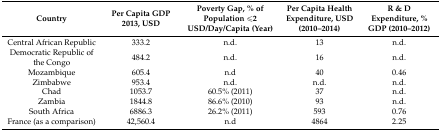
| Country | Per Capita GDP 2013, USD | Poverty Gap, % of Population ≤2 USD/Day/Capita (Year) | Per Capita Health Expenditure, USD (2010–2014) | R & D Expenditure, % GDP (2010–2012) |
 | --- | --- | --- | --- | --- |
 | Central African Republic | 333.2 | n.d. | 13 | n.d. |
 | Democratic Republic of the Congo | 484.2 | n.d. | 16 | n.d. |
 | Mozambique | 605.4 | n.d | 40 | 0.46 |
 | Zimbabwe | 953.4 | n.d. | n.d. | n.d. |
 | Chad | 1053.7 | 60.5% (2011) | 37 | n.d. |
 | Zambia | 1844.8 | 86.6% (2010) | 93 | n.d. |
 | South Africa | 6886.3 | 26.2% (2011) | 593 | 0.76 |
 | France (as a comparison) | 42,560.4 | n.d | 4864 | 2.25 |